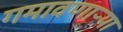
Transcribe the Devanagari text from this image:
गमावणाऱ्या